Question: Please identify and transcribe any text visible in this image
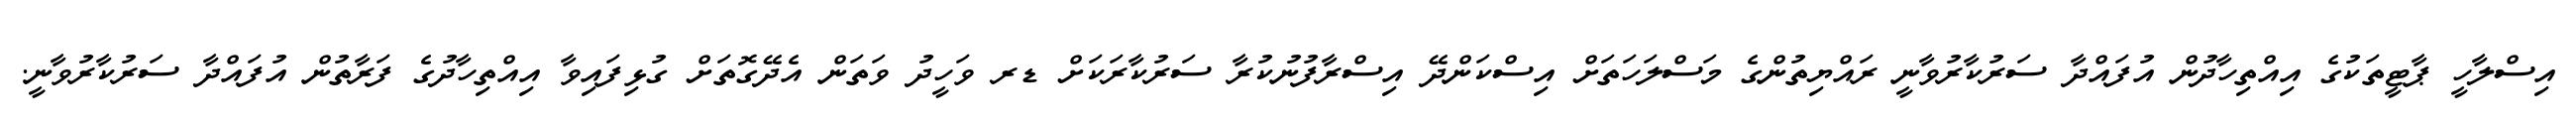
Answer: އިސްލާހީ ޕާޓީތަކުގެ އިއްތިހާދުން އުފައްދާ ސަރުކާރުވާނީ ރައްޔިތުންގެ މަސްލަހަތަށް އިސްކަންދޭ އިސްރާފުނުކުރާ ސަރުކާރަކަށް ޑރ ވަހީދު ވަތަން އެދޭގޮތަށް ގުޅިފައިވާ އިއްތިހާދުގެ ފަރާތުން އުފައްދާ ސަރުކާރުވާނީ.